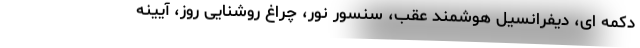
دکمه ای، دیفرانسیل هوشمند عقب، سنسور نور، چراغ روشنایی روز، آیینه